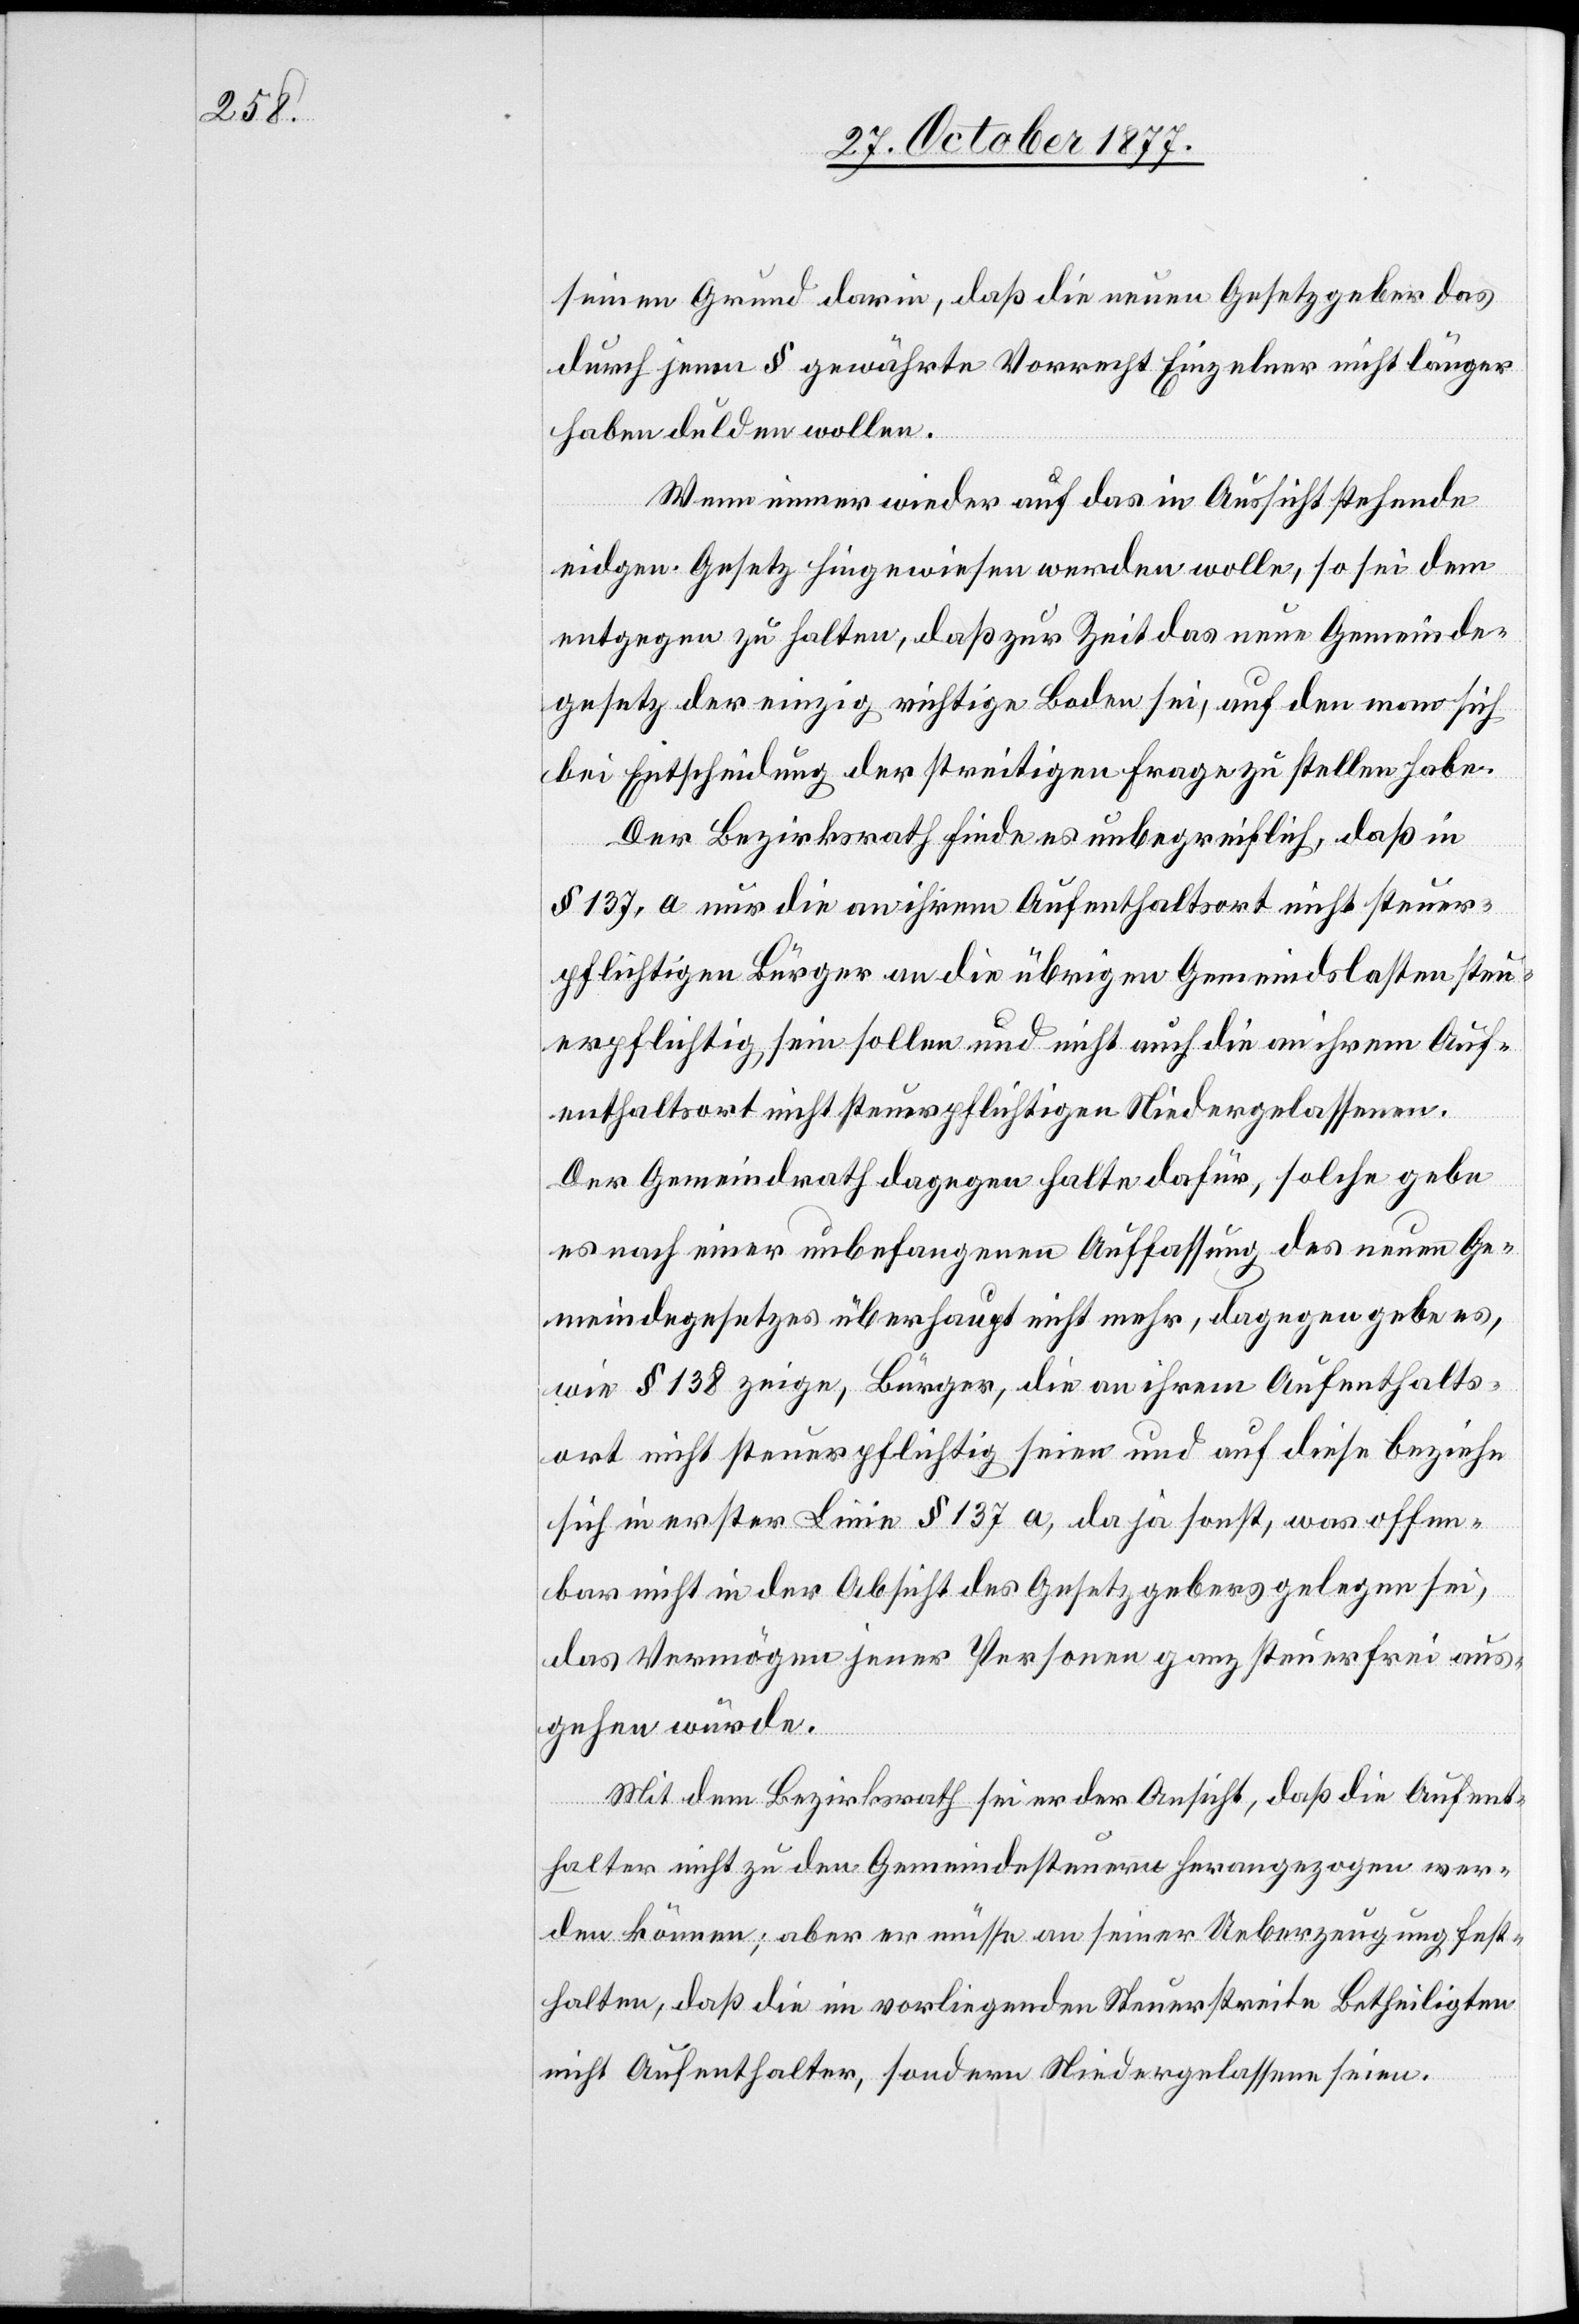
seinen Grund darin, daß die neuen Gesetzgeber das
durch jenen § gewährte Vorrecht Einzelner nicht länger
haben dulden wollen.
Wenn immer wieder auf das in Aussicht stehende
eidgen. Gesetz hingewiesen werden wolle, so sei dem
entgegen zu halten, daß zur Zeit das neue Gemeinde¬
gesetz der einzig richtige Boden sei, auf den man sich
bei Entscheidung der streitigen Frage zu stellen habe.
Der Bezirksrath finde es unbegreiflich, daß in
§ 137, a nur die an ihrem Aufenthaltsort nicht steuer¬
pflichtigen Bürger an die übrigen Gemeindslasten steu¬
erpflichtig sein sollen und nicht auch die an ihrem Auf¬
enthaltsort nicht steuerpflichtigen Niedergelassenen.
Der Gemeindrath dagegen halte dafür, solche gebe
es nach einer unbefangenen Auffassung des neuen Ge¬
meindegesetzes überhaupt nicht mehr, dagegen gebe es,
wie § 138 zeige, Bürger, die an ihrem Aufenthalts¬
ort nicht steuerpflichtig seien und auf diese beziehe
sich in erster Linie § 137 a, da ja sonst, was offen¬
bar nicht in der Absicht des Gesetzgebers gelegen sei,
das Vermögen jener Personen ganz steuerfrei aus¬
gehen würde.
Mit dem Bezirksrath sei er der Ansicht, daß die Aufent¬
halter nicht zu den Gemeindesteuern herangezogen wer¬
den können; aber er müsse an seiner Ueberzeugung fest¬
halten, daß die im vorliegenden Steuerstreite Betheiligten
nicht Aufenthalter, sondern Niedergelassene seien.